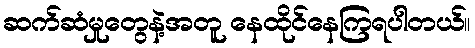
ဆက်ဆံမှုတွေနဲ့အတူ နေထိုင်နေကြရပါတယ်။